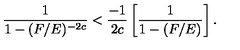
\frac { 1 } { 1 - ( F / E ) ^ { - 2 c } } < \frac { - 1 } { 2 c } \left[ \frac { 1 } { 1 - ( F / E ) } \right] .